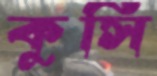
কুসি